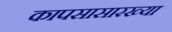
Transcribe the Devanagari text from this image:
कापसासारख्या